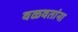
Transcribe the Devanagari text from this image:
वळवतांना